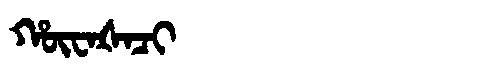
Manchu: ᡥᡡᠸᠠᡧᠠᠴᡳ
Romanization: HŪWAŠACI